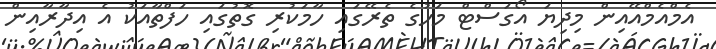
އެމްއެމްއޭއިން މިދިޔަ އޯގަސްޓް މަހުގެ ތެރޭގައި ހާމަކުރި ގޮތުގައި ހަފްތާއަކު އެ އިދާރާއިން